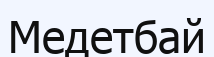
Медетбай